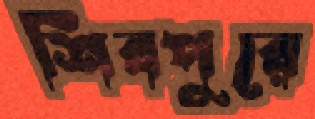
শিবপুরে